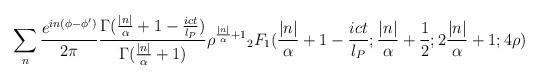
LaTeX: \begin{align*}\sum_n \frac{e^{in(\phi-\phi')}}{2\pi}\frac{\Gamma(\frac{|n|}{\alpha}+1 -\frac{i c t}{l_P})}{\Gamma(\frac{|n|}{\alpha}+1)}\rho^{\frac{|n|}{\alpha}+1}{_2F_1}(\frac{|n|}{\alpha}+1 - \frac{ict}{l_P};\frac{|n|}{\alpha}+\frac{1}{2}; 2 \frac{|n|}{\alpha}+1; 4 \rho)\end{align*}